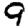
Digit: 9